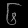
Digit: ၆